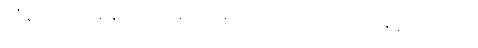
ထို့ကြောင့် အိန်ဂျယ်လ်စ်က အောက်ပါအတိုင်း ရေးခဲ့ပေသည်။